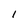
Character: I